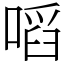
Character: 㗖